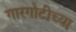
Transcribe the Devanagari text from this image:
गारगोटीच्या